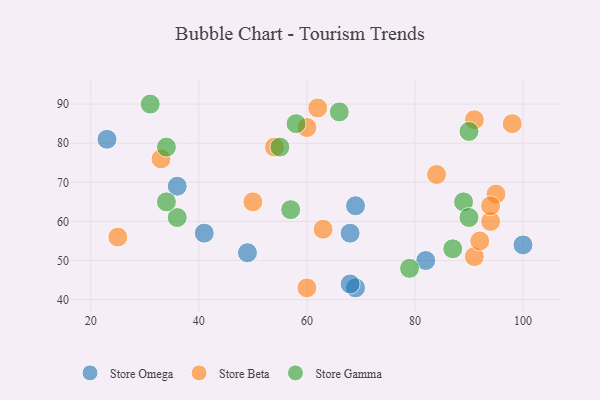
{"axis": {"x": "GDP", "y": "Life Expectancy"}, "legend": ["Store Beta", "Store Gamma", "Store Omega"], "data": [{"x": "68", "y": 57, "type": "Store Omega"}, {"x": "69", "y": 43, "type": "Store Omega"}, {"x": "41", "y": 57, "type": "Store Omega"}, {"x": "68", "y": 44, "type": "Store Omega"}, {"x": "23", "y": 81, "type": "Store Omega"}, {"x": "82", "y": 50, "type": "Store Omega"}, {"x": "100", "y": 54, "type": "Store Omega"}, {"x": "49", "y": 52, "type": "Store Omega"}, {"x": "36", "y": 69, "type": "Store Omega"}, {"x": "69", "y": 64, "type": "Store Omega"}, {"x": "54", "y": 79, "type": "Store Beta"}, {"x": "95", "y": 67, "type": "Store Beta"}, {"x": "60", "y": 43, "type": "Store Beta"}, {"x": "50", "y": 65, "type": "Store Beta"}, {"x": "94", "y": 60, "type": "Store Beta"}, {"x": "33", "y": 76, "type": "Store Beta"}, {"x": "91", "y": 51, "type": "Store Beta"}, {"x": "84", "y": 72, "type": "Store Beta"}, {"x": "92", "y": 55, "type": "Store Beta"}, {"x": "94", "y": 64, "type": "Store Beta"}, {"x": "25", "y": 56, "type": "Store Beta"}, {"x": "98", "y": 85, "type": "Store Beta"}, {"x": "91", "y": 86, "type": "Store Beta"}, {"x": "60", "y": 84, "type": "Store Beta"}, {"x": "62", "y": 89, "type": "Store Beta"}, {"x": "63", "y": 58, "type": "Store Beta"}, {"x": "90", "y": 83, "type": "Store Gamma"}, {"x": "57", "y": 63, "type": "Store Gamma"}, {"x": "34", "y": 79, "type": "Store Gamma"}, {"x": "66", "y": 88, "type": "Store Gamma"}, {"x": "31", "y": 90, "type": "Store Gamma"}, {"x": "87", "y": 53, "type": "Store Gamma"}, {"x": "58", "y": 85, "type": "Store Gamma"}, {"x": "79", "y": 48, "type": "Store Gamma"}, {"x": "89", "y": 65, "type": "Store Gamma"}, {"x": "90", "y": 61, "type": "Store Gamma"}, {"x": "36", "y": 61, "type": "Store Gamma"}, {"x": "55", "y": 79, "type": "Store Gamma"}, {"x": "34", "y": 65, "type": "Store Gamma"}]}